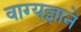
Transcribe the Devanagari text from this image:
वाग्यज्ञाने